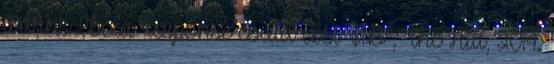
warns Ebola response could cost $1B”, The Hill, 2014.